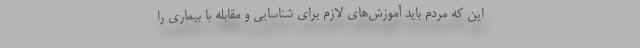
این که مردم باید آموزش‌های لازم برای شناسایی و مقابله با بیماری را